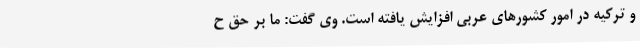
و ترکیه در امور کشورهای عربی افزایش یافته است. وی گفت: ما بر حق ح